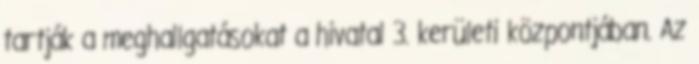
tartják a meghallgatásokat a hivatal 3. kerületi központjában. Az